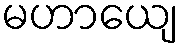
မဟာယျေ